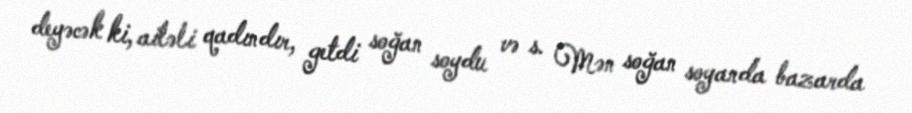
deyəcək ki, ailəli qadındır, getdi soğan soydu və s. Mən soğan soyanda bazarda